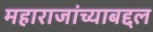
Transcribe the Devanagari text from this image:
महाराजांच्याबद्दल